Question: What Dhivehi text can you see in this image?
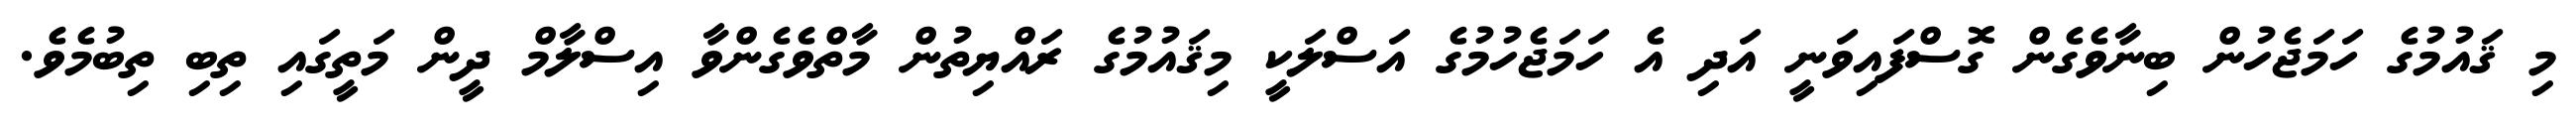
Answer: މި ޤައުމުގެ ހަމަޖެހުން ބިނާވެގެން ގޮސްފައިވަނީ އަދި އެ ހަމަޖެހުމުގެ އަސްލަކީ މިޤައުމުގެ ރައްޔިތުން މާތްވެގެންވާ އިސްލާމް ދީން މަތީގައި ތިބި ތިބުމެވެ.